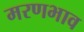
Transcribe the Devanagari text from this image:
मरणभाव